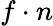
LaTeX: f\cdot n